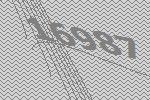
16987